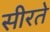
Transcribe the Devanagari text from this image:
सीरते